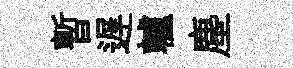
暫遅轤塵